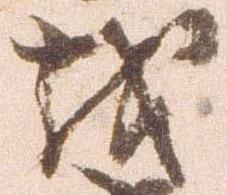
越